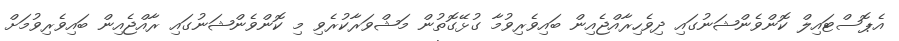
އެޕޮސްޓައިލް ކޮންވެންޝަނުގައި ދިވެހިރާއްޖެއިން ބައިވެރިވުމާ ގުޅޭގޮތުން މަޝްވަރާކުރެވި މި ކޮންވެންޝަނުގައި ރާއްޖެއިން ބައިވެރިވުމަށް